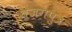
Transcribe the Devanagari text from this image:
वजगपुत्र